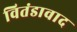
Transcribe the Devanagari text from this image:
वितंडावाद